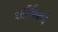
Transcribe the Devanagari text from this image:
ऑर्लिन्सचे